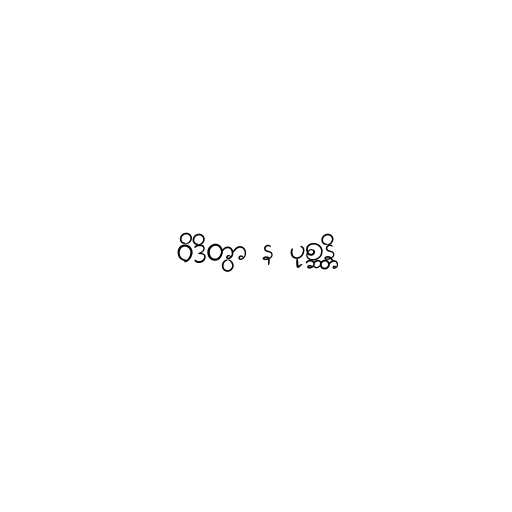
ဝိဒိတွာ န ပုစ္ဆန္တိ